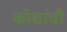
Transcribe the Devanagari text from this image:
कोशांची